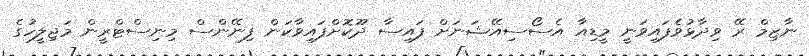
ނާޒިމް ރޭ ވިދާޅުވެފައިވަނީ މީޑިއާ އެސޯސިއޭޝަނަށް ފައިސާ ދޫކޮށްފައިވާކަން ފިނޭންސް މިނިސްޓްރީން މަޖިލީހުގެ